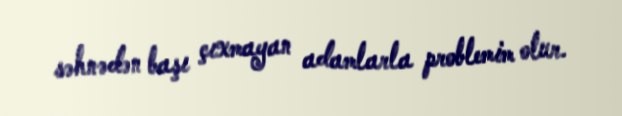
səhnədən başı çıxmayan adamlarla problemim olur.